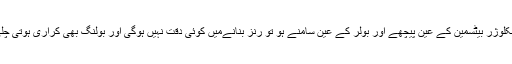
اگر خواتین انکلوژر بیٹسمین کے عین پیچھے اور بولر کے عین سامنے ہو تو رنز بنانےمیں کوئی دقت نہیں ہوگی اور بولنگ بھی کراری ہوتی چلی جائے گی۔